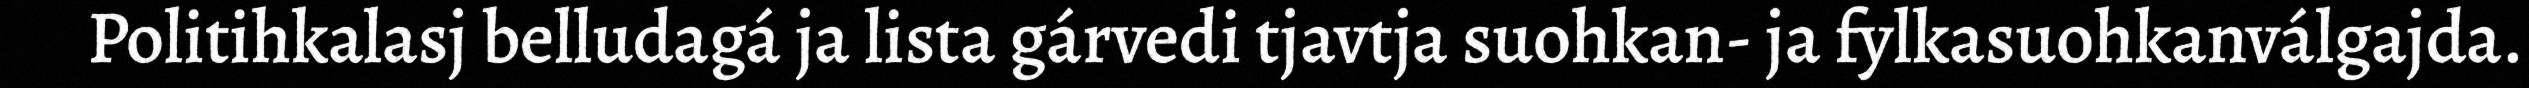
Politihkalasj belludagá ja lista gárvedi tjavtja suohkan- ja fylkasuohkanválgajda.